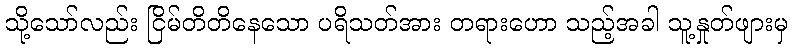
သို့သော်လည်း ငြိမ်တိတိနေသော ပရိသတ်အား တရားဟော သည့်အခါ သူ့နှုတ်ဖျားမှ